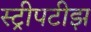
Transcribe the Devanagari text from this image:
स्ट्रीपटीझ